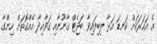
އެ އަހަރަކަށް ކަނޑަ އަޅާ ލިބިފައިވާ ބަޖެޓް ޤާނޫނާއި ގަވާއިދާ އެއްގޮތަށް ހިންގާ